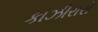
કાઝીરારો